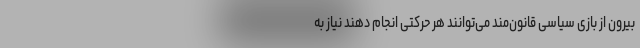
بیرون از بازی سیاسی قانون‌مند می‌توانند هر حرکتی انجام دهند نیاز به